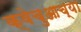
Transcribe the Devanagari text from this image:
क्वेचुआच्या